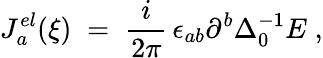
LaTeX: J_{a}^{el}(\xi)\; =\; \frac{i}{2\pi}\, \epsilon_{ab}\partial^{b}\Delta_{0}^{-1}E\; ,